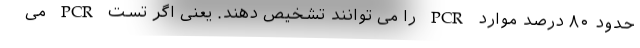
حدود ۸۰ درصد موارد PCR را می توانند تشخیص دهند. یعنی اگر تست PCR می